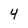
Character: 4